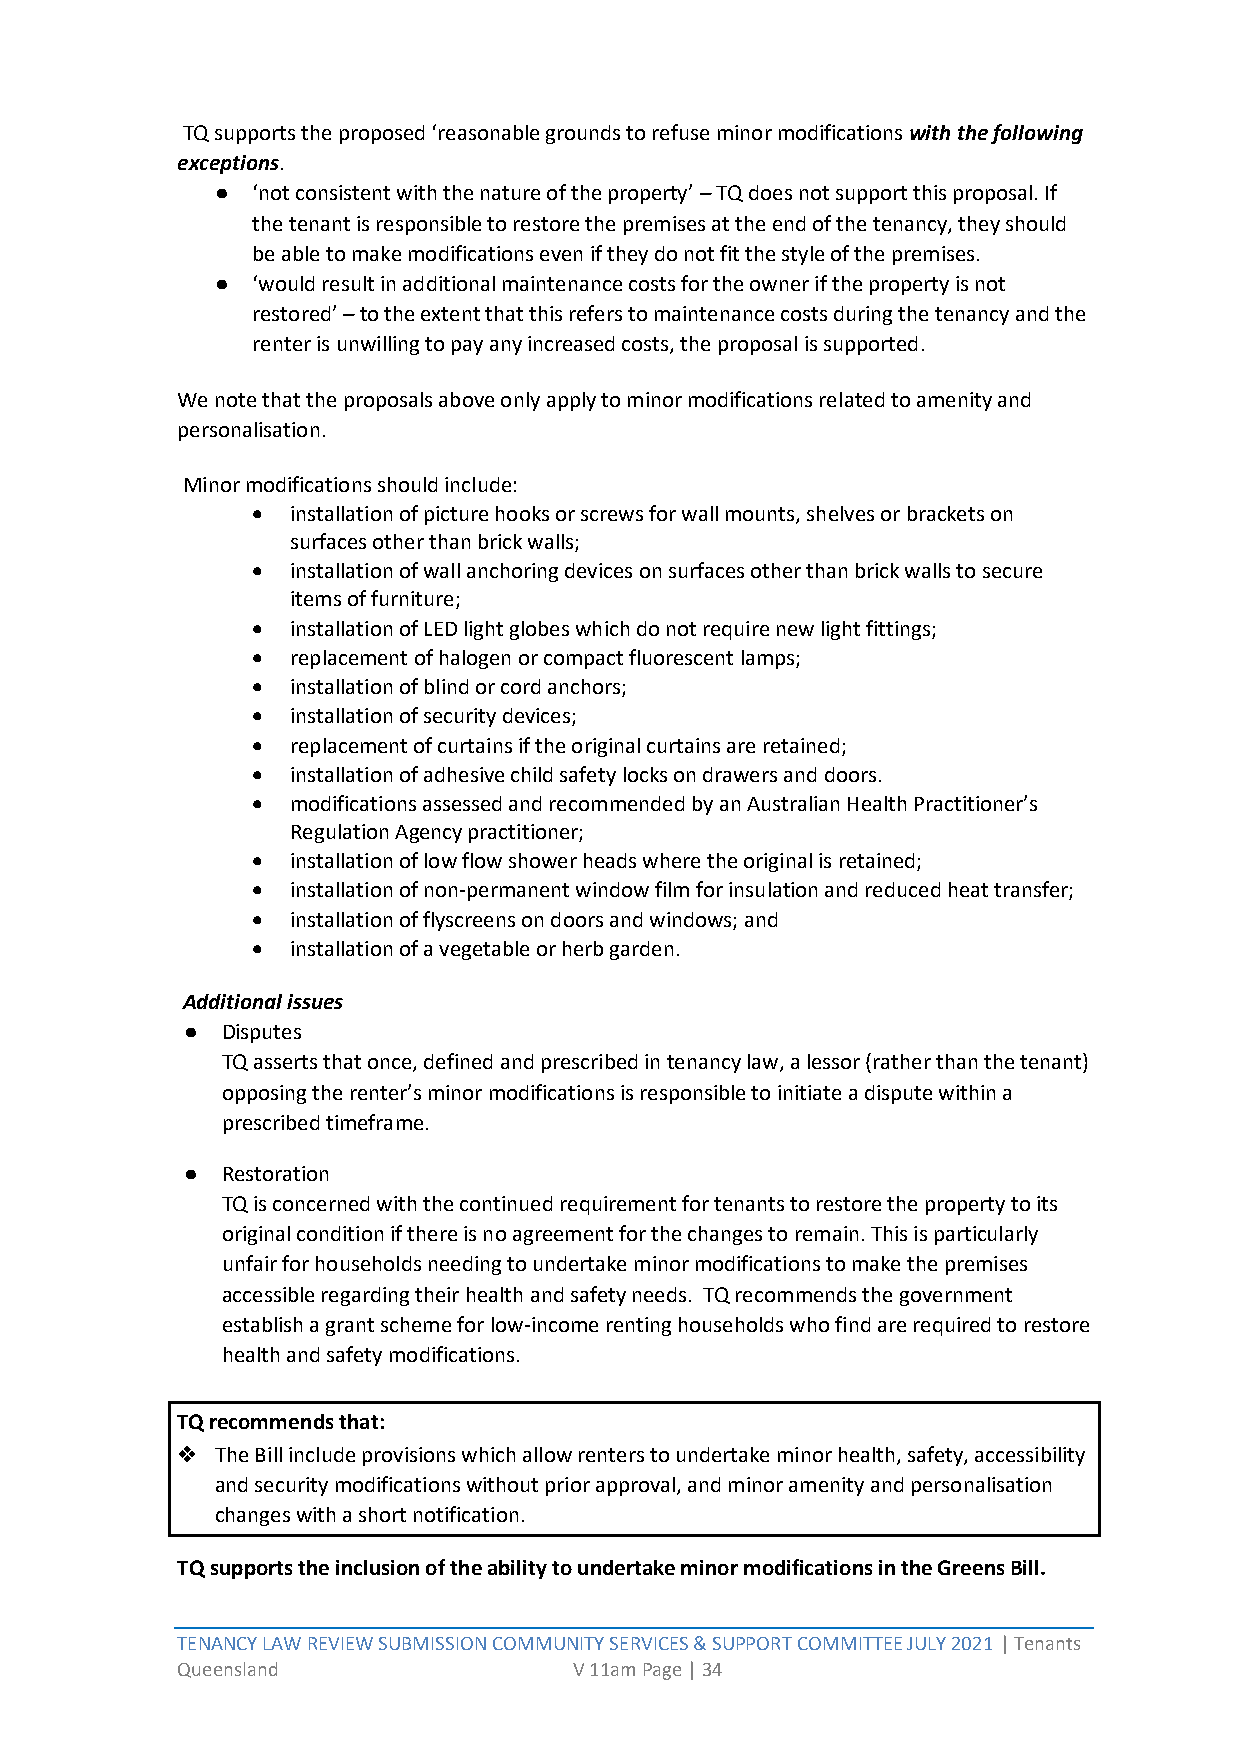
TQ supports the proposed ‘reasonable grounds to refuse minor modifications with the following
 exceptions.
 ●  ‘not consistent with the nature of the property’ – TQ does not support this proposal. If
 the tenant is responsible to restore the premises at the end of the tenancy, they should
 be able to make modifications even if they do not fit the style of the premises.
 ●  ‘would result in additional maintenance costs for the owner if the property is not
 restored’ – to the extent that this refers to maintenance costs during the tenancy and the
 renter is unwilling to pay any increased costs, the proposal is supported.
 We note that the proposals above only apply to minor modifications related to amenity and
 personalisation.
 Minor modifications should include:
 • installation of picture hooks or screws for wall mounts, shelves or brackets on
 surfaces other than brick walls;
 • installation of wall anchoring devices on surfaces other than brick walls to secure
 items of furniture;
 • installation of LED light globes which do not require new light fittings;
 • replacement of halogen or compact fluorescent lamps;
 • installation of blind or cord anchors;
 • installation of security devices;
 • replacement of curtains if the original curtains are retained;
 • installation of adhesive child safety locks on drawers and doors.
 • modifications assessed and recommended by an Australian Health Practitioner’s
 Regulation Agency practitioner;
 • installation of low flow shower heads where the original is retained;
 • installation of non-permanent window film for insulation and reduced heat transfer;
 • installation of flyscreens on doors and windows; and
 • installation of a vegetable or herb garden.
 Additional issues
 ●  Disputes
 TQ asserts that once, defined and prescribed in tenancy law, a lessor (rather than the tenant)
 opposing the renter’s minor modifications is responsible to initiate a dispute within a
 prescribed timeframe.
 ●  Restoration
 TQ is concerned with the continued requirement for tenants to restore the property to its
 original condition if there is no agreement for the changes to remain. This is particularly
 unfair for households needing to undertake minor modifications to make the premises
 accessible regarding their health and safety needs. TQ recommends the government
 establish a grant scheme for low-income renting households who find are required to restore
 health and safety modifications.
 TQ recommends that:
 ❖ The Bill include provisions which allow renters to undertake minor health, safety, accessibility
 and security modifications without prior approval, and minor amenity and personalisation
 changes with a short notification.
 TQ supports the inclusion of the ability to undertake minor modifications in the Greens Bill.
 TENANCY LAW REVIEW SUBMISSION COMMUNITY SERVICES & SUPPORT COMMITTEE JULY 2021 | Tenants
 Queensland                V 11am Page | 34